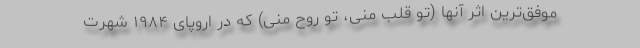
موفق‌ترین اثر آنها (تو قلب منی، تو روح منی) که در اروپای ۱۹۸۴ شهرت